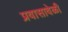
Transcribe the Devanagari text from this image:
प्रवासावेळी